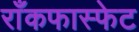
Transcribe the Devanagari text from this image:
राँकफास्फेट